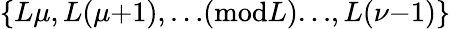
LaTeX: \{ L\mu,L(\mu{+}1),{\ldots}(\textrm{mod}L){\ldots},L(\nu{-}1)\}